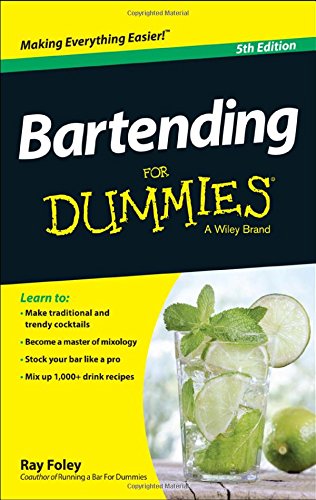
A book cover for Bartending For Dummies; Ray Foley; Cookbooks, Food & Wine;